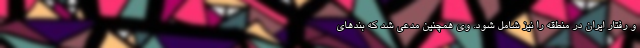
و رفتار ایران در منطقه را نیز شامل شود. وی همچنین مدعی شد که بندهای